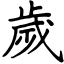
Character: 歲